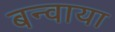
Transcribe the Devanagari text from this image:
बन्वाया